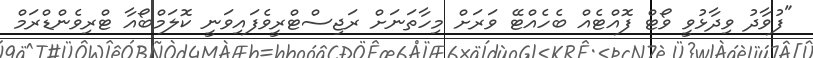
"ފުވާދު ވިދާޅުވީ ވޯޓް ފޮއްޓެއް ބެހެއްޓޭ ވަރަށް މިހާތަނަށް ރަޖިސްޓްރީވެފައިވަނީ ކޮލަމްބޯއާ ޓްރިވެންޑްރަމް